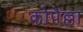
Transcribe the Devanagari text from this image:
कोपेल्ला